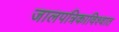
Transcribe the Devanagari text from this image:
जालपत्रिकाविश्वात